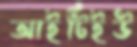
আইটিইউ